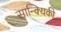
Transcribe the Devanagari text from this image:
सान्क्यिकी